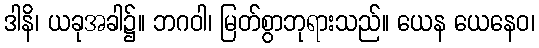
ဒါနိ၊ ယခုအခါ၌။ ဘဂဝါ၊ မြတ်စွာဘုရားသည်။ ယေန ယေနေဝ၊